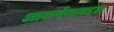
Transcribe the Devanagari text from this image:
आकर्षणाबद्दल